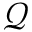
\mathcal { Q }